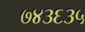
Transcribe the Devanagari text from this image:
७४३६३५